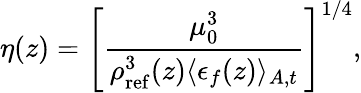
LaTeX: \eta(z)=\left[\frac{\mu_{0}^{3}}{\rho_{\mathrm{ref}}^{3}(z)\langle\epsilon_{f}(z)\rangle_{A,t}}\right]^{1/4},